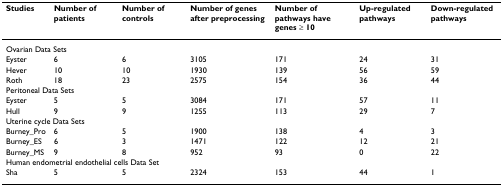
<table><thead><tr><td><b>Studies</b></td><td><b>Number of patients</b></td><td><b>Number of controls</b></td><td><b>Number of genes after preprocessing</b></td><td><b>Number of pathways have genes ≥ 10</b></td><td><b>Up-regulated pathways</b></td><td><b>Down-regulated pathways</b></td></tr></thead><tbody><tr><td colspan="7">Ovarian Data Sets</td></tr><tr><td>Eyster</td><td>6</td><td>6</td><td>3105</td><td>171</td><td>24</td><td>31</td></tr><tr><td>Hever</td><td>10</td><td>10</td><td>1930</td><td>139</td><td>56</td><td>59</td></tr><tr><td>Roth</td><td>18</td><td>23</td><td>2575</td><td>154</td><td>36</td><td>44</td></tr><tr><td colspan="7">Peritoneal Data Sets</td></tr><tr><td>Eyster</td><td>5</td><td>5</td><td>3084</td><td>171</td><td>57</td><td>11</td></tr><tr><td>Hull</td><td>9</td><td>9</td><td>1255</td><td>113</td><td>29</td><td>7</td></tr><tr><td colspan="7">Uterine cycle Data Sets</td></tr><tr><td>Burney_Pro</td><td>6</td><td>5</td><td>1900</td><td>138</td><td>4</td><td>3</td></tr><tr><td>Burney_ES</td><td>6</td><td>3</td><td>1471</td><td>122</td><td>12</td><td>21</td></tr><tr><td>Burney_MS</td><td>9</td><td>8</td><td>952</td><td>93</td><td>0</td><td>22</td></tr><tr><td colspan="7">Human endometrial endothelial cells Data Set</td></tr><tr><td>Sha</td><td>5</td><td>5</td><td>2324</td><td>153</td><td>44</td><td>1</td></tr></tbody></table>